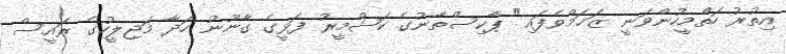
އިތުރު ހަތްމީހުންވަނީ ޒަޚަމްވެފައި" ޕާކިސްތާނުގެ ކަޝްމީރު ފަޅީގެ ގާނޫނު ހަދާ މަޖިލީހުގެ ރައީސް